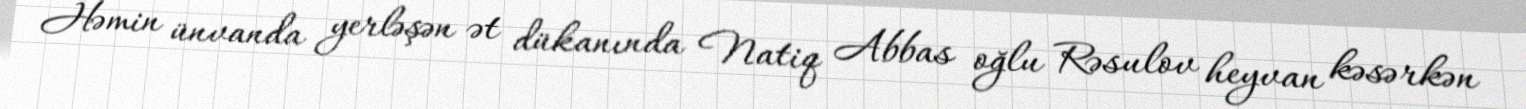
Həmin ünvanda yerləşən ət dükanında Natiq Abbas oğlu Rəsulov heyvan kəsərkən